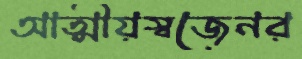
আত্মীয়স্বজেনর